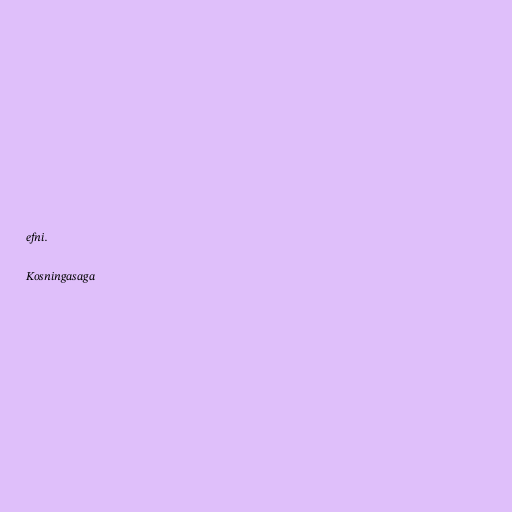
efni.

Kosningasaga